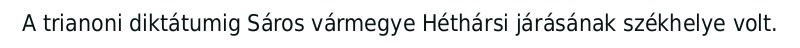
A trianoni diktátumig Sáros vármegye Héthársi járásának székhelye volt.